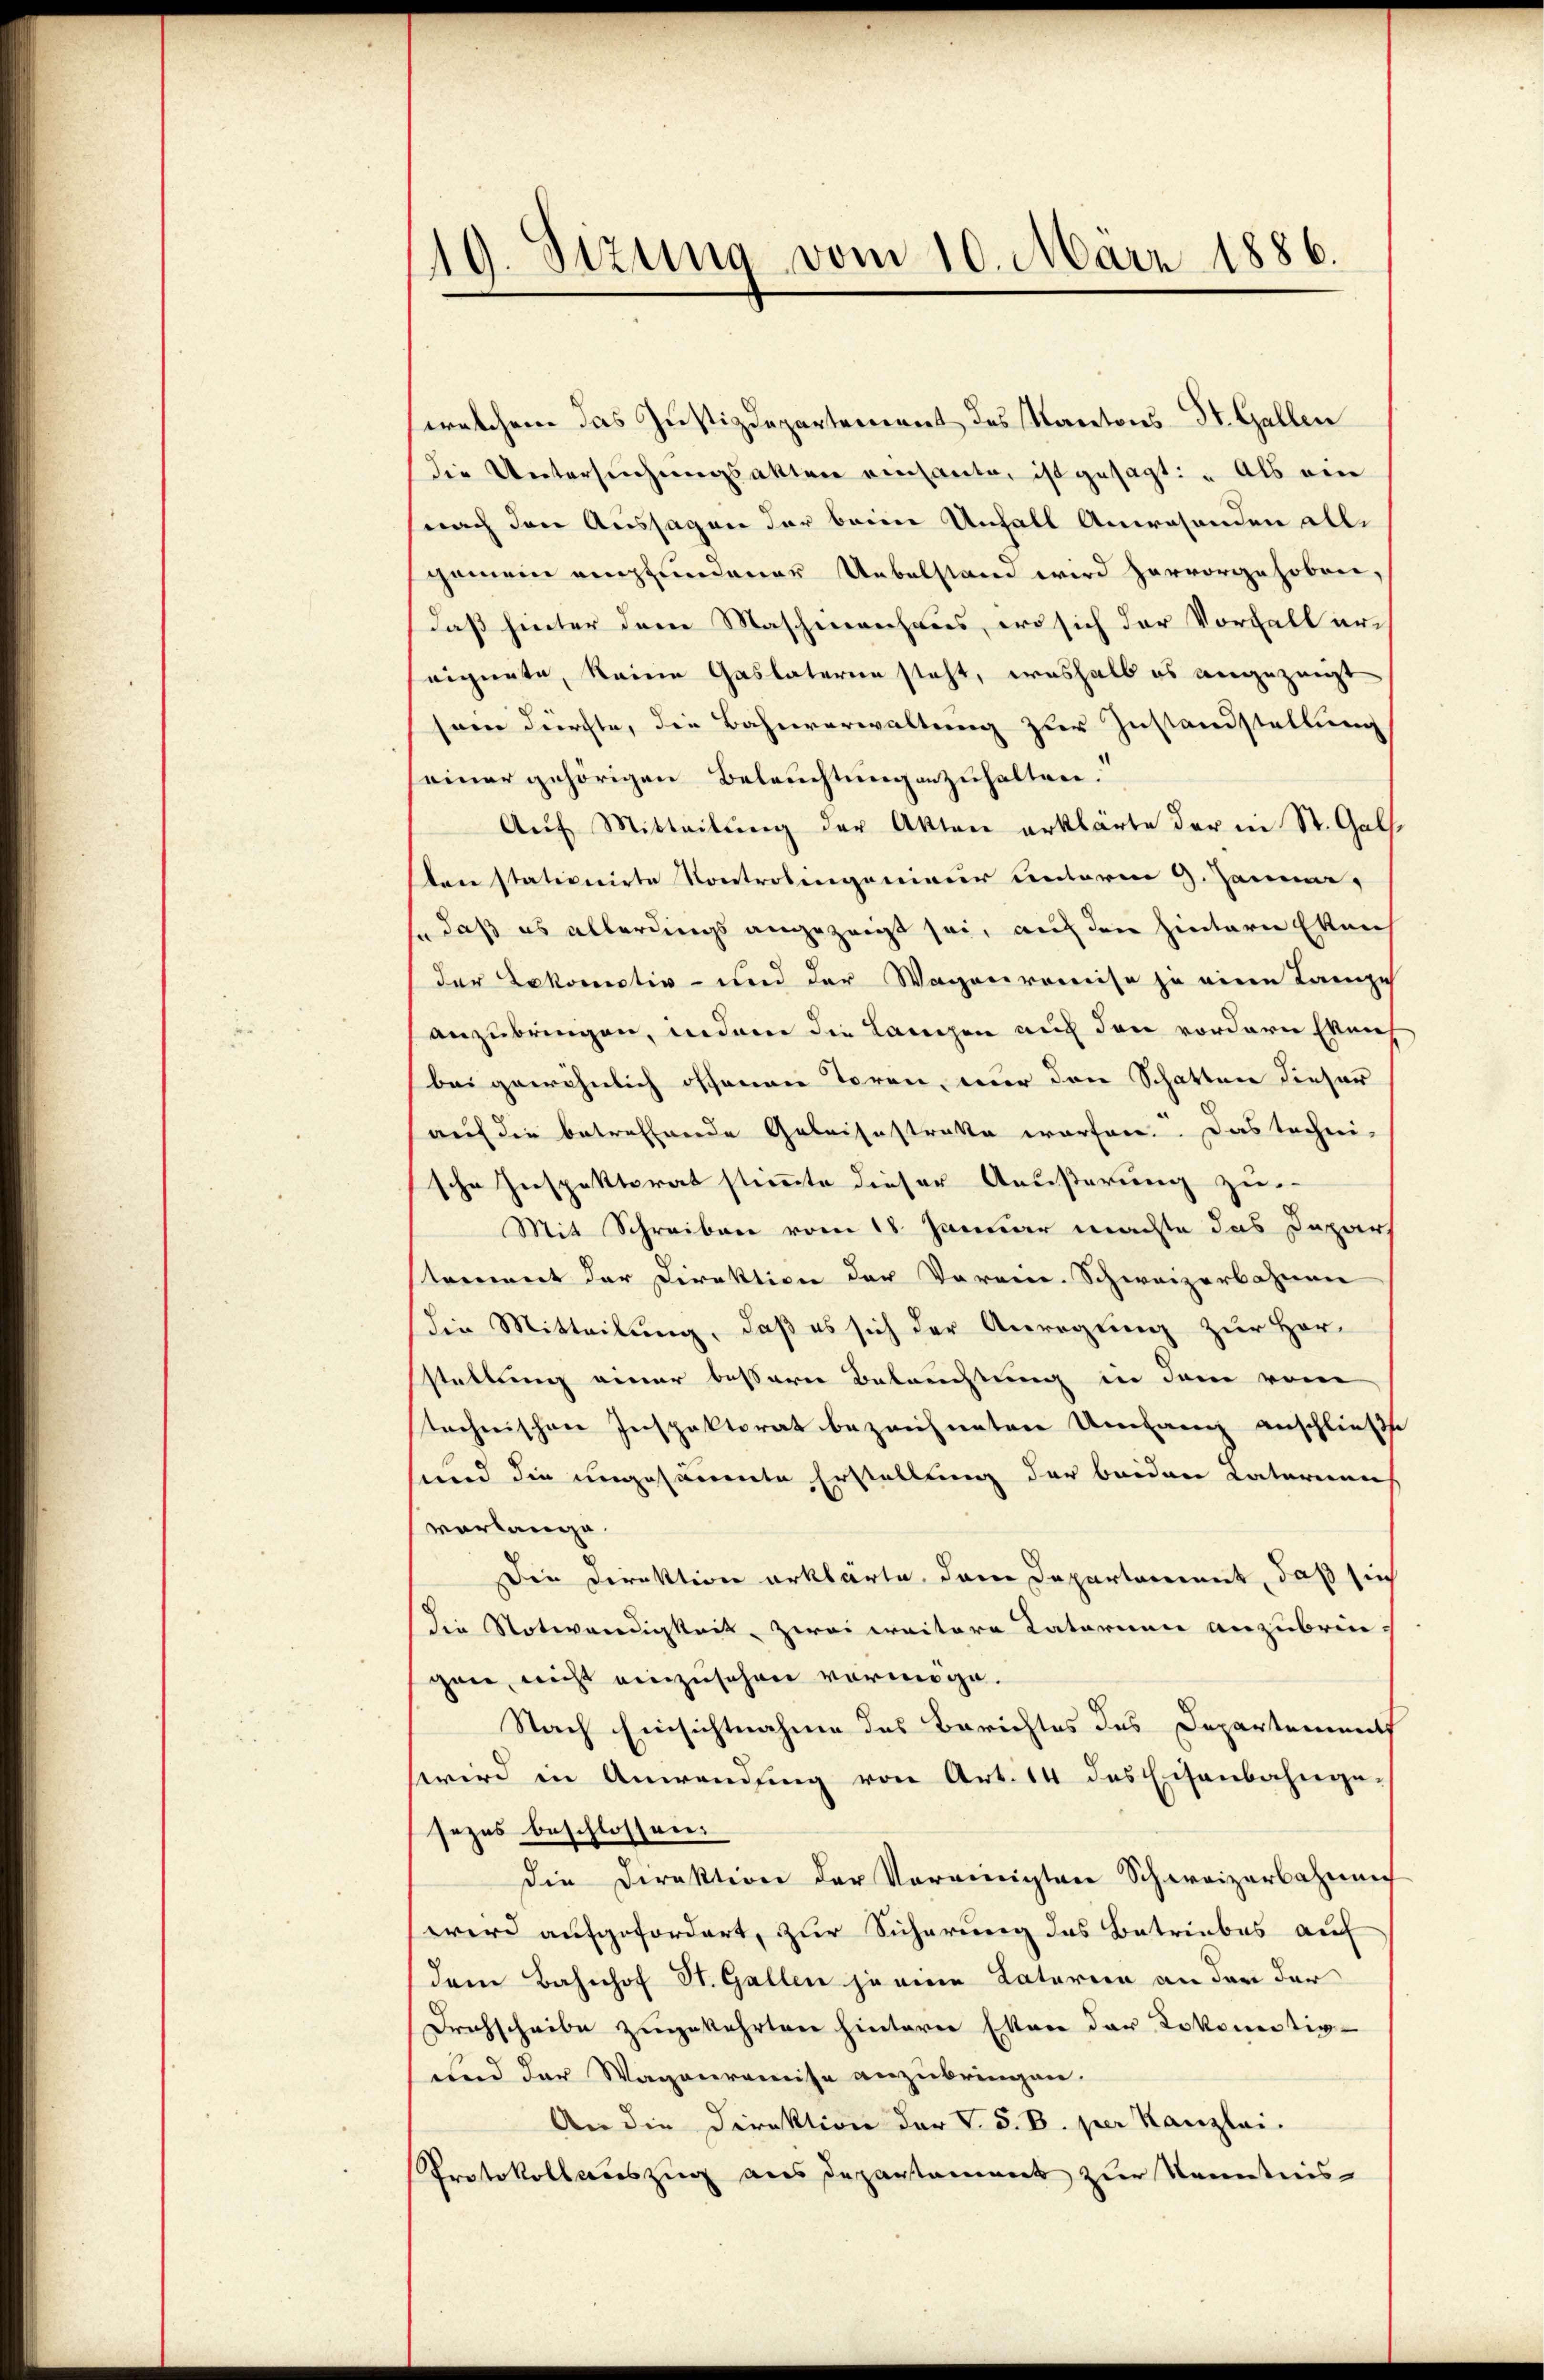
110. Sizung vom 10. März 1886.

welchem das Justizdepartement des Kantons-St. Gallen
die Untersuchungsakten einsamte, ist gesagt: „Als ein
nach den Aussagen der beim Unfall Anwesenden allgemein empfundener Uebelstan wird hervorgehoben,
Daß hinter dem Maschinenhaus, ird sich der Vorhalt ereignete, keine Gaslaterin steht, weshalb es angezeigt
soin dürfte, die Bahnverwaltung zur Zustandstellung
seiner gehörigen Beleuchtung anzuhalten.
Aŭf Mitteilŭng der Akten erklärte der in St. Gall
ben stationirte Kontrolingenieur unterm 9. Jannn,
so daß es allerdings angezeigt sei, auf den hintern Eken
der Lokomotiv- und der Wagenvoneise zu eine Lampe
anzubringen, indem die Langen auch den vordern Ekeich
bei gewöhnlich offenen Toren, nur den Schatten dieser
auf die betreffende Geleisestrakte warfen. Das techni-
sche Inspektorat stimmte dieser Aeußerung zu
Mit Schreiben vom 18. Januar machte das Dapar
stement der Direktion der Vornin-Schweizerbahnen
die Mitteilung, daß es sich der Anregung zur Hor-
stellung einer besserer Betrachtung in dem vom
technischen Inspektorat bezeichneten Umfang anschließt
sund die ungesäumte Erstellung der beiden Vaternen
vorlange.
Die Direktion erklärte, dem Departammt, daß sich
Die Notwendigkeit zwei weitere Katarien anzubrin-
gen, nicht einzusehen vermöge.
Nach Einsichtnahme des Berichtes des Departement
wird in Anwendung von Art. 14 des Eisenbahnge-
sezes beschlossen.
die Direktion der Vereinigten Schweizerbahnung
wird aufgefordert, zur Sicherung das Betriebes auf
dem Bahnhof St. Gallen je eine Laterien an der der
Drechscheibe zugekehrten hintern Etten der Lokomotiv
und der Wagenremise anzubringen.
An die Direktion der V. S. B. per Kanzlei.
PProtokollauszug aus Departament zur Kenntnis